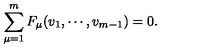
\sum _ { \mu = 1 } ^ { m } F _ { \mu } ( v _ { 1 } , \cdots , v _ { m - 1 } ) = 0 .